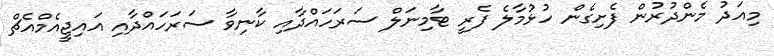
މިއަދު މެންދުރުން ފެށިގެން ހުޅުމާލެ ފެރީ ޓާމިނަލް ސަރަހައްދާއި ކާނިވާ ސަރަހައްދާއި އައިޖީއެމްއެޗް